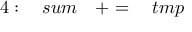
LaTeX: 4 : \quad s u m \quad + = \quad t m p